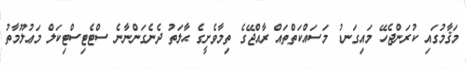
މަޤާމުގައި ކުރަންޖެހޭ މައިގަނޑު މަސައްކަތްތައް ރާއްޖޭގެ ތިމާވެށީގެ ޙާލަތު ދެނެގަންނާނެ ސްޓެޓިސްޓިކަލް މަޢުލޫމާތު